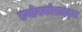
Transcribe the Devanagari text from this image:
डयोस्कोराइड्स